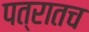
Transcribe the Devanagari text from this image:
पत्रातच